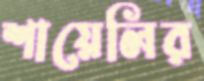
শায়েলির